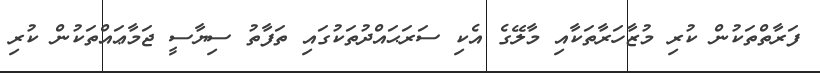
ފަރާތްތަކުން ކުރި މުޒާހަރާތަކާއި މާލޭގެ އެކި ސަރަޙައްދުތަކުގައި ތަފާތު ސިޔާސީ ޖަމާޢައްތަކުން ކުރި